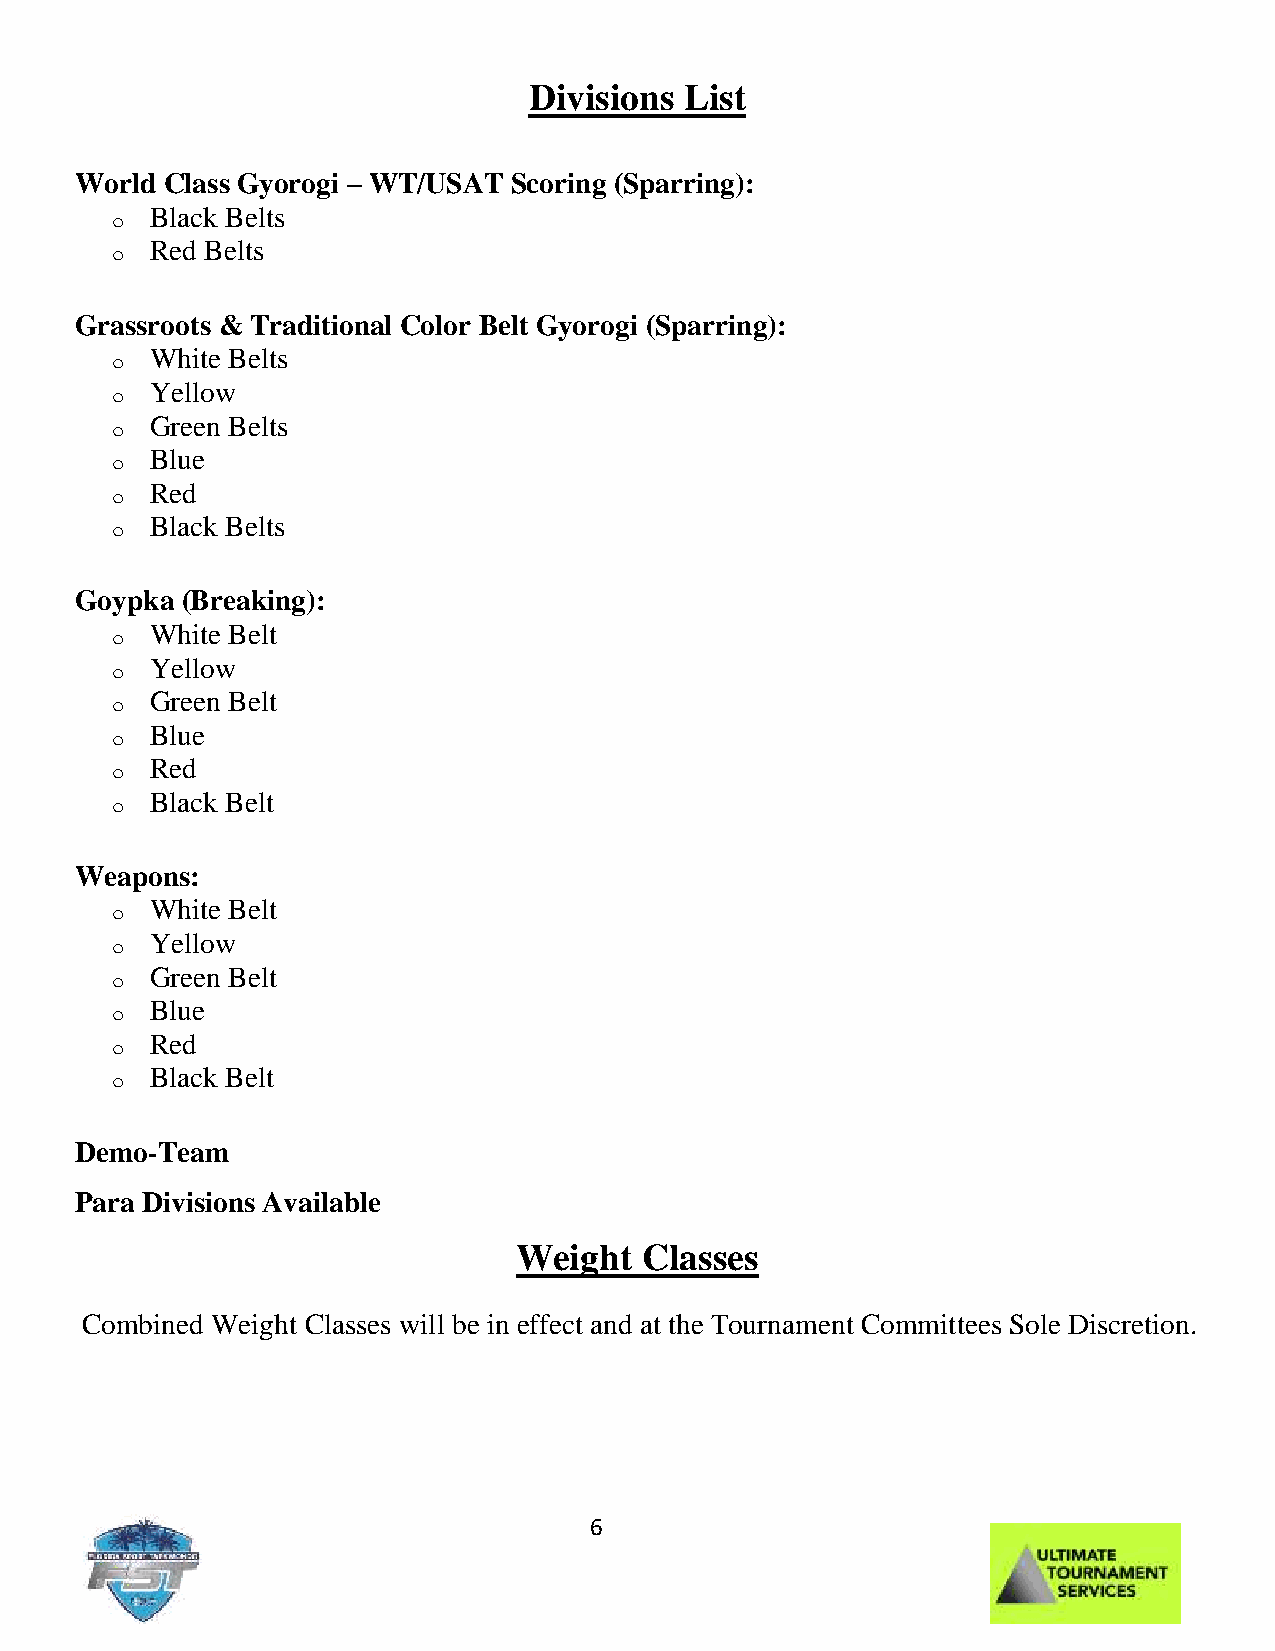
Divisions List
 World Class Gyorogi – WT/USAT Scoring (Sparring):
 o  Black Belts
 o  Red Belts
 Grassroots & Traditional Color Belt Gyorogi (Sparring):
 o  White Belts
 o  Yellow
 o  Green Belts
 o  Blue
 o  Red
 o  Black Belts
 Goypka (Breaking):
 o  White Belt
 o  Yellow
 o  Green Belt
 o  Blue
 o  Red
 o  Black Belt
 Weapons:
 o  White Belt
 o  Yellow
 o  Green Belt
 o  Blue
 o  Red
 o  Black Belt
 Demo-Team
 Para Divisions Available
 Weight   Classes
 Combined Weight Classes will be in effect and at the Tournament Committees Sole Discretion.
 6